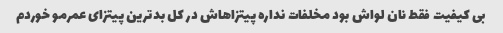
بی کیفیت فقط نان لواش بود مخلفات نداره پیتزاهاش در کل بدترین پیتزای عمرمو خوردم